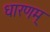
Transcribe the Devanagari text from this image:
धारणम्